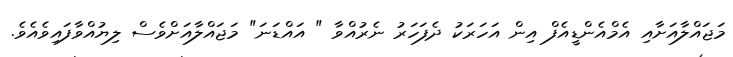
މަޖައްލާއަށާއި އެމްއެންޑީއެފް އިން އަހަރަކު ދެފަހަރު ނެރުއްވާ " އައްޑަނަ" މަޖައްލާއަށްވެސް ލިޔުއްވާފައިވެއެވެ.